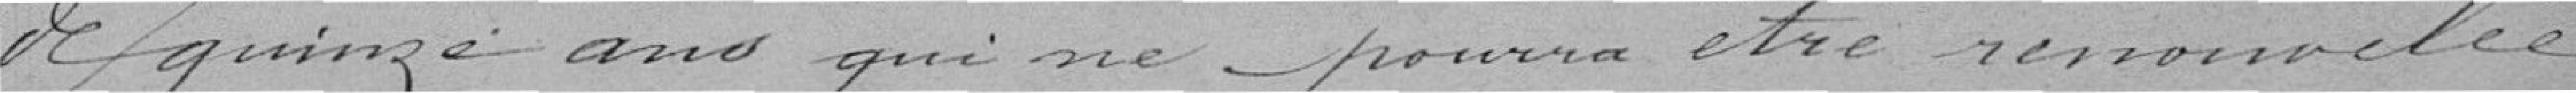
de quinze ans qui ne pourra être renouvelée